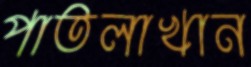
পাতলাখান